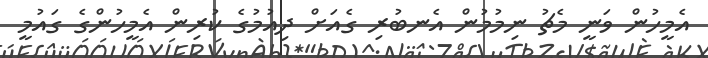
އެމީހުން ވަނީ މެޗު ނިމުމުން އެނބުރި ގެއަށް ދިއުމުގެ ކުރިން އެމީހުންގެ ގައުމީ